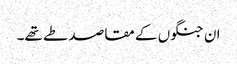
ان جنگوں کے مقاصد طے تھے۔